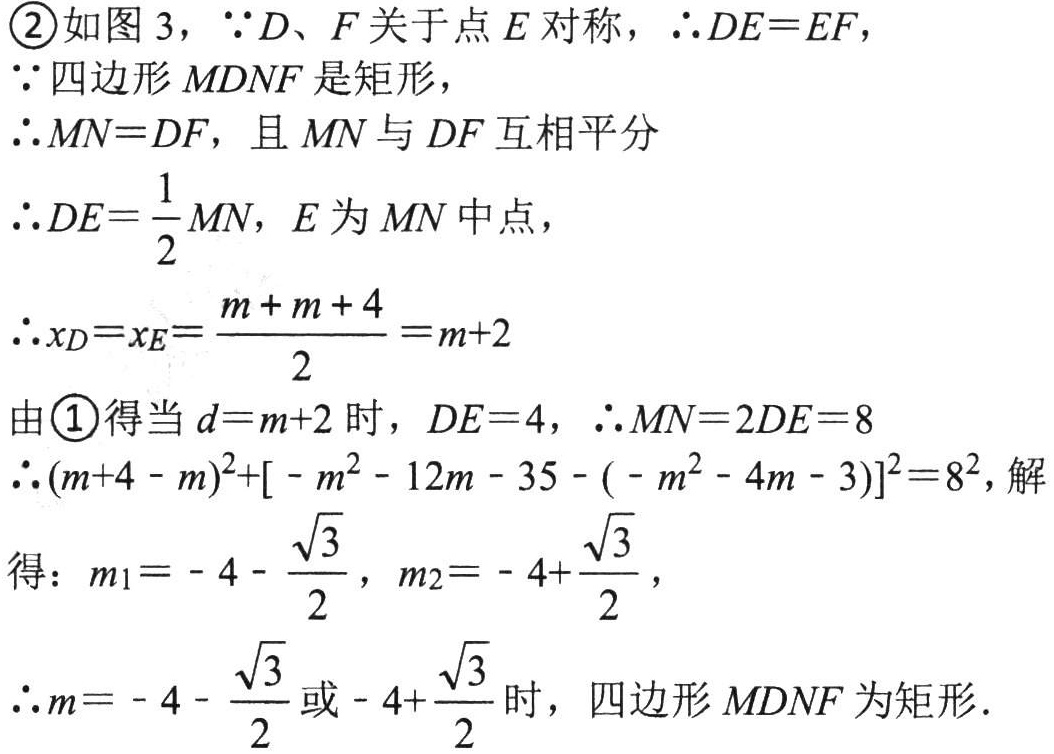
\textcircled{2}如图3，\(\because D、F\)关于点\(E\)对称，\(\therefore DE = EF\)，
\(\because\)四边形\(MDNF\)是矩形，
\(\therefore MN = DF\)，且\(MN\)与\(DF\)互相平分
\(\therefore DE=\dfrac{1}{2}MN\)，\(E\)为\(MN\)中点，
\(\therefore x_D=x_E=\dfrac{m + m + 4}{2}=m + 2\)
由\textcircled{1}得当\(d=m + 2\)时，\(DE = 4\)，\(\therefore MN = 2DE = 8\)
\(\therefore (m + 4 - m)^2+[-m^2 - 12m - 35-(-m^2 - 4m - 3)]^2=8^2\)，解得：\(m_1=-4-\dfrac{\sqrt{3}}{2}\)，\(m_2=-4+\dfrac{\sqrt{3}}{2}\)，
\(\therefore m=-4-\dfrac{\sqrt{3}}{2}\)或\(-4+\dfrac{\sqrt{3}}{2}\)时，四边形\(MDNF\)为矩形.